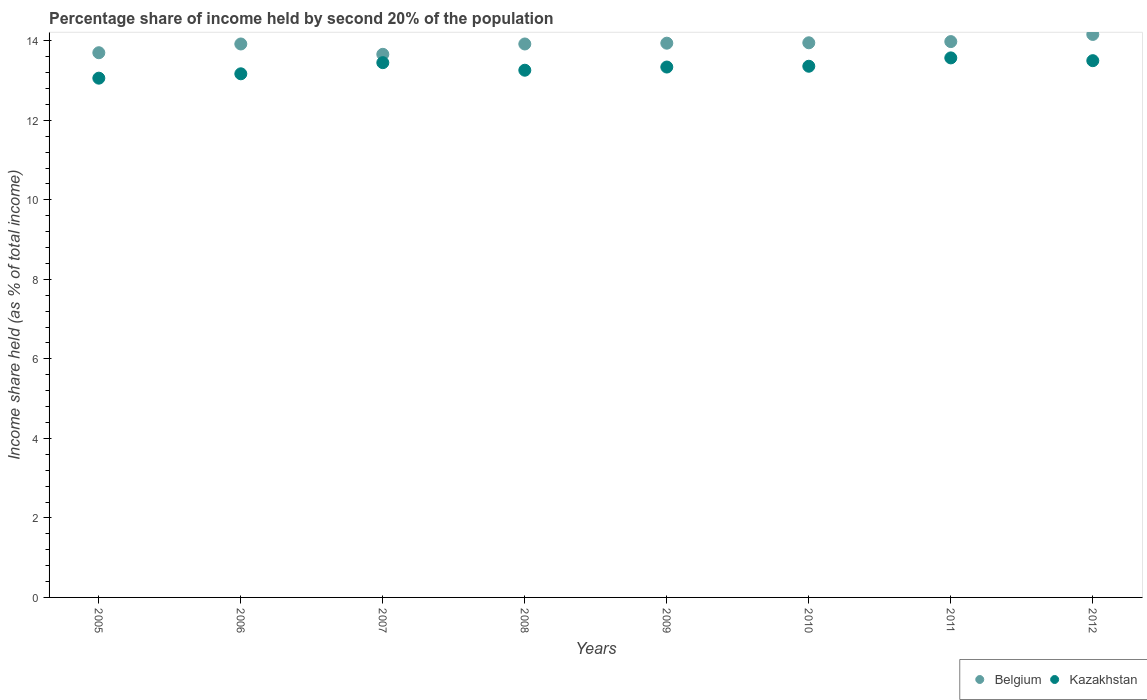
| Years | Belgium | Kazakhstan |
 | --- | --- | --- |
 | 2005 | 13.7 | 13.1 |
 | 2006 | 13.9 | 13.2 |
 | 2007 | 13.7 | 13.4 |
 | 2008 | 13.9 | 13.3 |
 | 2009 | 13.9 | 13.3 |
 | 2010 | 13.9 | 13.4 |
 | 2011 | 14 | 13.6 |
 | 2012 | 14.2 | 13.5 |